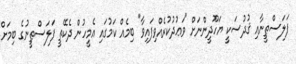
ފަލަސްޠީނާއި ޤުދުސަކީ ޔަހޫދީންނަށް "ވަޢުދުކުރެއްވިފައިވާ" ބިމެއް ކަމުގައި އެމީހުން ދެކޭތީ ފަލަސްޠީނުގެ ބިމަށް